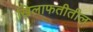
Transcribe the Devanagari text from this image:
खिलाफतीतील